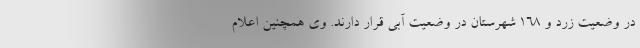
در وضعیت زرد و ۱۶۸ شهرستان در وضعیت آبی قرار دارند. وی همچنین اعلام